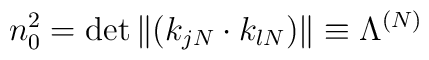
n_0^2 = \det\| (k_{jN} \cdot k_{lN}) \| \equiv \Lambda^{(N)}